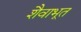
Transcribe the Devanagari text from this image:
शैवाभूत